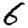
Digit: 6